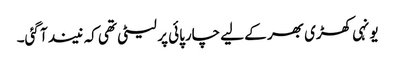
یونہی کھڑی بھر کے لیے چارپائی پر لیٹی تھی کہ نیند آ گئی۔